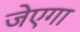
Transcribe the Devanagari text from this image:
जेएगा